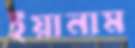
ইয়ানাম